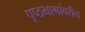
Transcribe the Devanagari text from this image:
पृष्ठभागांवरील